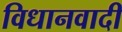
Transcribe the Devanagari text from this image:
विधानवादी